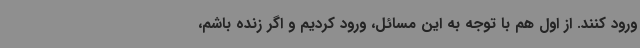
ورود کنند. از اول هم با توجه به این مسائل، ورود کردیم و اگر زنده باشم،